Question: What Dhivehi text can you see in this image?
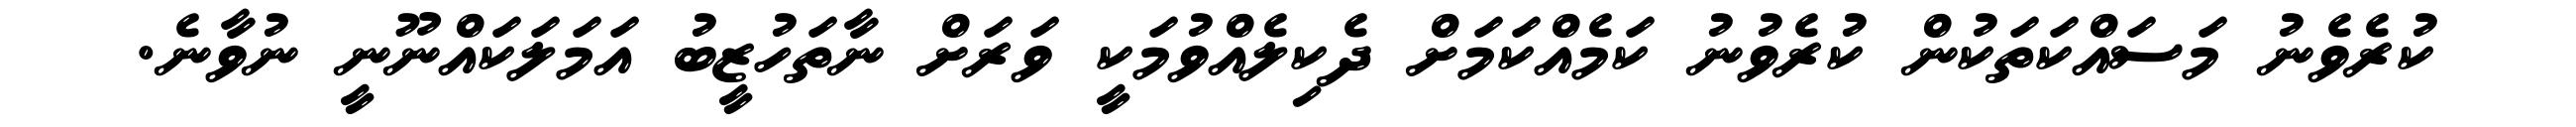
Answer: ކުރެވެނު މަސައްކަތަކުން ކުރެވުނު ކަމެއްކަމަށް ދެކިލެއްވުމަކީ ވަރަށް ނާތަހުޒީބު އަމަލަކައްނޫނީ ނުވާނެ.